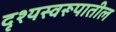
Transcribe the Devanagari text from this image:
दृश्यस्वरूपातील